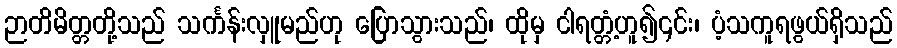
ဉာတိမိတ္တတို့သည် သင်္ကန်းလှူမည်ဟု ပြောသွားသည်၊ ထိုမှ ငါရတ္တံ့ဟူ၍၎င်း၊ ပံ့သကူရဖွယ်ရှိသည်